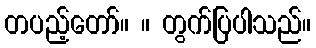
တပည့်တော်။ ။ တွက်ပြပါသည်။